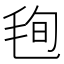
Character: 毥